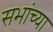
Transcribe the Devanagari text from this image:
सभांच्या